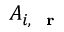
A _ { i , \mathrm { ~ \bf ~ r ~ } }